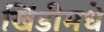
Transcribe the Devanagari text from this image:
खिंडीमधे